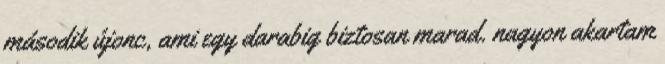
második újonc, ami egy darabig biztosan marad. nagyon akartam